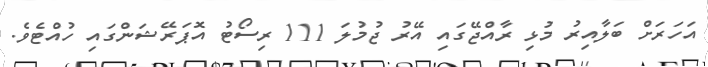
އަހަރަށް ބަލާއިރު މުޅި ރާއްޖޭގައި އޭރު ޖުމުލަ 111 ރިސޯޓު އޮޕަރޭޝަންގައި ހުއްޓެވެ.